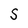
Character: S